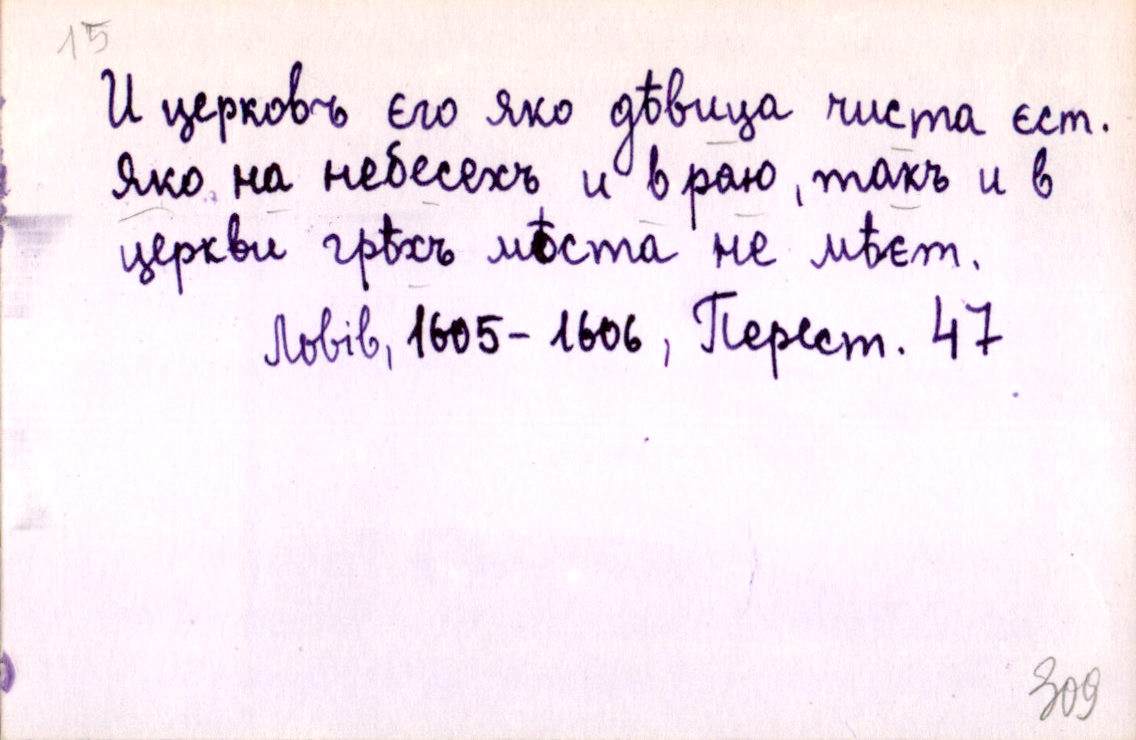
И церковъ єго яко дѣвица чиста єст.
Яко на небесехъ и в раю, такъ и в
церкви грѣхъ мѣста не мѣєт.
Львів, 1605-1606, Перест. 47